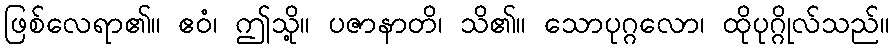
ဖြစ်လေရာ၏။ ဧဝံ၊ ဤသို့။ ပဇာနာတိ၊ သိ၏။ သောပုဂ္ဂလော၊ ထိုပုဂ္ဂိုလ်သည်။